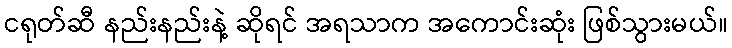
ငရုတ်ဆီ နည်းနည်းနဲ့ ဆိုရင် အရသာက အကောင်းဆုံး ဖြစ်သွားမယ်။